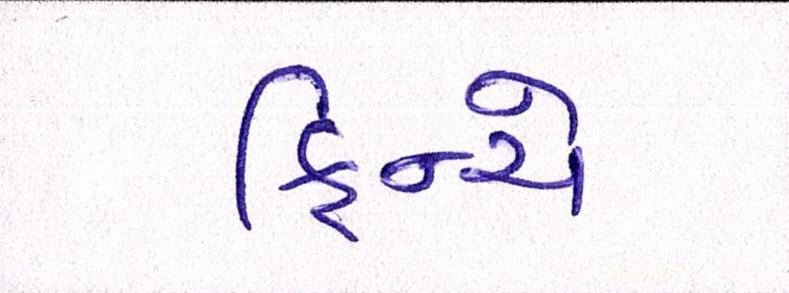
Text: ફિન્ચે